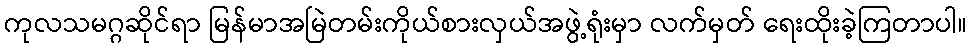
ကုလသမဂ္ဂဆိုင်ရာ မြန်မာအမြဲတမ်းကိုယ်စားလှယ်အဖွဲ့ရုံးမှာ လက်မှတ် ရေးထိုးခဲ့ကြတာပါ။